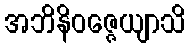
အဘိနိဝဇ္ဇေယျာသိ